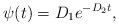
LaTeX: \begin{align*} \psi(t) = D_1e^{-D_2t}, \end{align*}